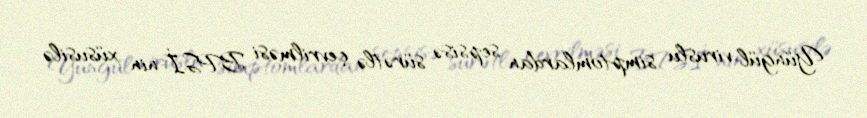
Yüngül viruslu simptomlardan sepsisə sürətlə çevrilməsi BPSİ-nin xüsusilə